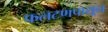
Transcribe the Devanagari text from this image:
फलटणपासून